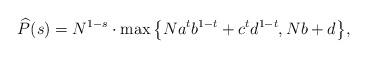
LaTeX: \begin{align*}\widehat{P}(s) = N^{1-s} \cdot \max \big\{ N a^t b^{1-t}+c^t d^{1-t}, Nb+d \big\},\end{align*}